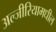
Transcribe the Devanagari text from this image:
अल्जीरियामधील